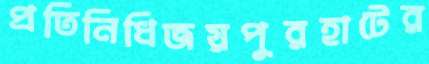
প্রতিনিধিজয়পুরহাটের